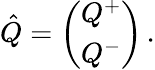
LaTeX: \hat{Q}=\left(\begin{array}{l}{{Q^{+}}}\\ {{Q^{-}}}\end{array}\right)\, .